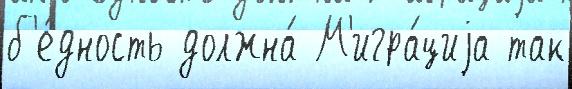
б'е́дность должна́ М'игра́циjа так